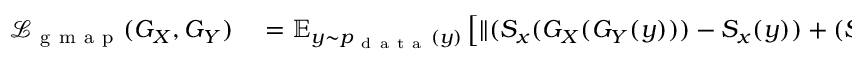
\begin{array} { r l } { \mathcal { L } _ { \mathrm { ~ g ~ m ~ a ~ p ~ } } ( G _ { X } , G _ { Y } ) } & { { } = \mathbb { E } _ { y \sim p _ { \mathrm { ~ d ~ a ~ t ~ a ~ } } ( y ) } \left[ \| ( S _ { x } ( G _ { X } ( G _ { Y } ( y ) ) ) - S _ { x } ( y ) ) + ( S _ { y } ( G _ { X } ( G _ { Y } ( y ) ) ) - S _ { y } ( y ) ) \| _ { 1 } \right] } \end{array}